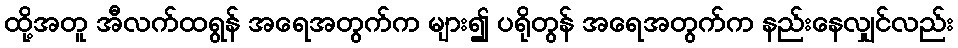
ထို့အတူ အီလက်ထရွန် အရေအတွက်က များ၍ ပရိုတွန် အရေအတွက်က နည်းနေလျှင်လည်း